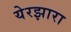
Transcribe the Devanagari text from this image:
येरझारा